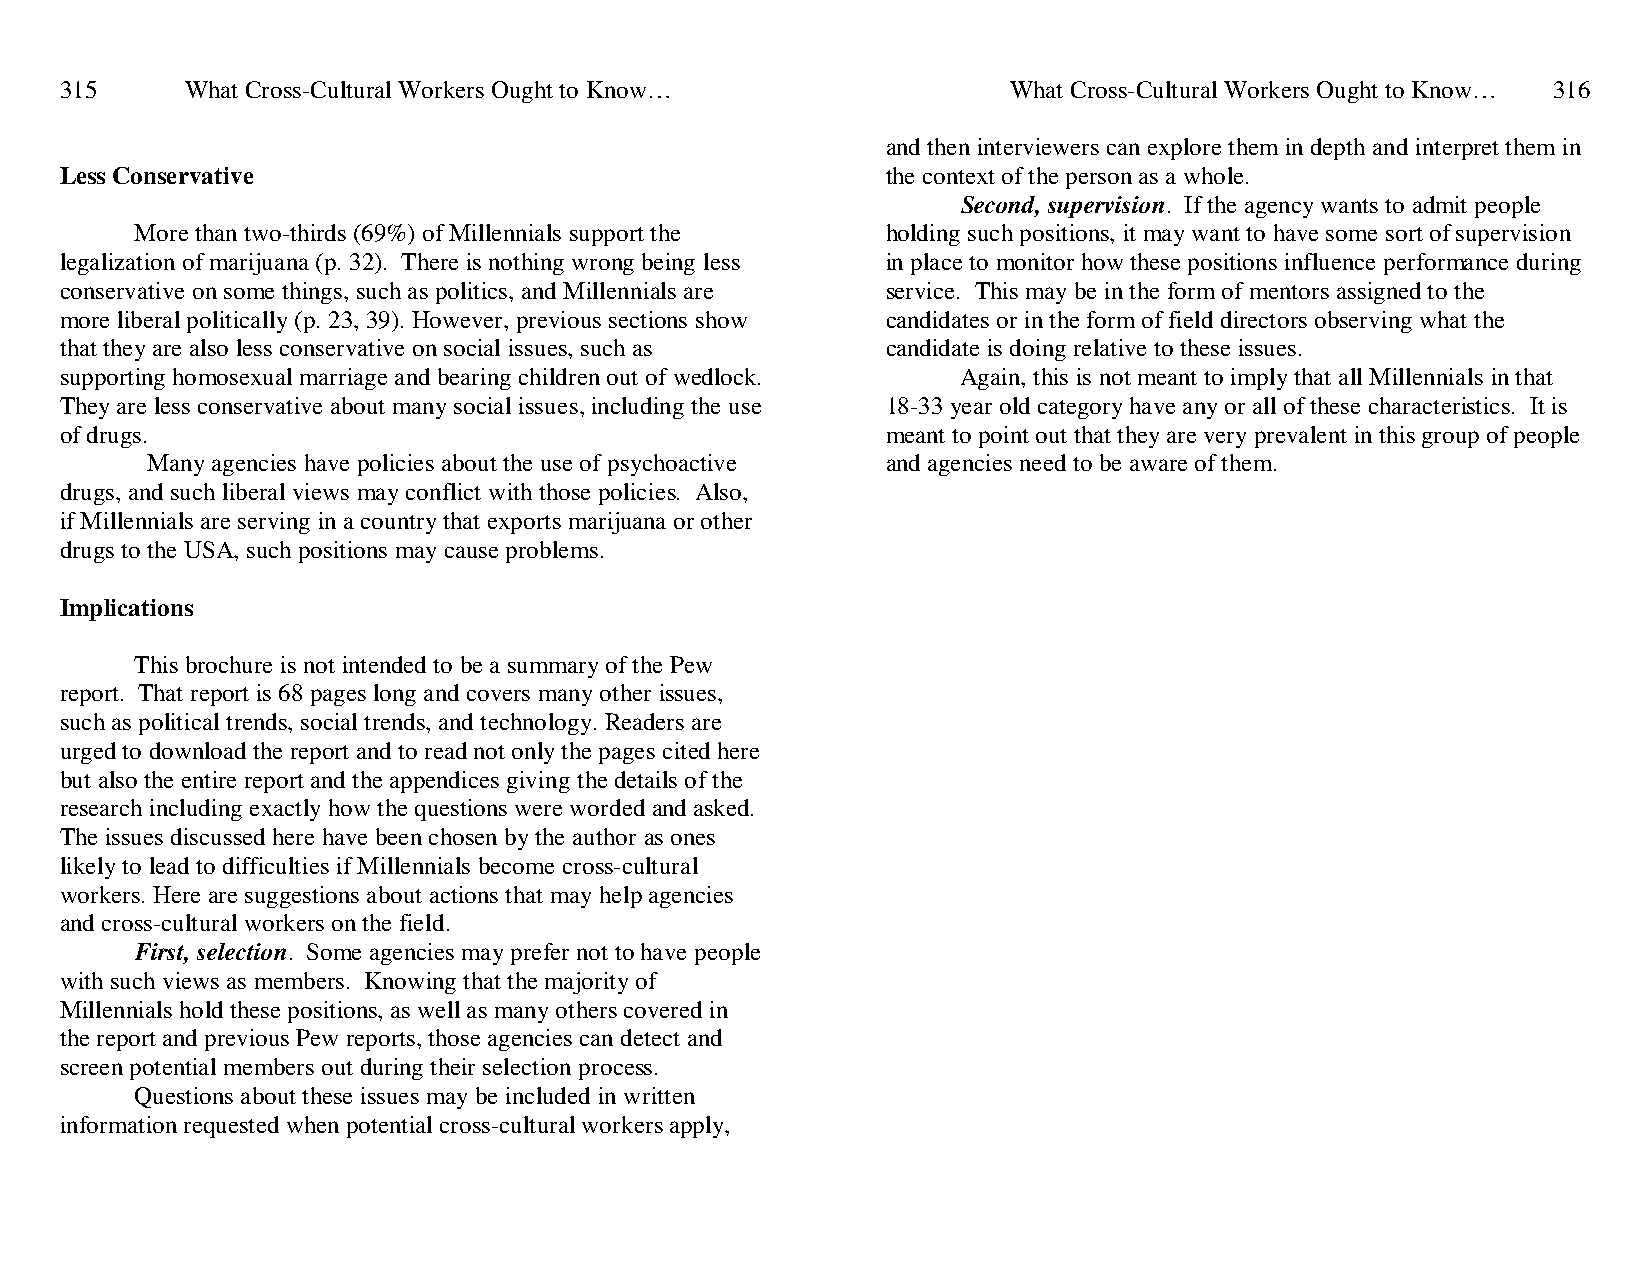
315     What Cross-Cultural Workers Ought to Know…             What Cross-Cultural Workers Ought to Know… 316
 and then interviewers can explore them in depth and interpret them in
 Less Conservative                                      the context of the person as a whole.
 Second, supervision. If the agency wants to admit people
 More than two-thirds (69%) of Millennials support the holding such positions, it may want to have some sort of supervision
 legalization of marijuana (p. 32). There is nothing wrong being less in place to monitor how these positions influence performance during
 conservative on some things, such as politics, and Millennials are service. This may be in the form of mentors assigned to the
 more liberal politically (p. 23, 39). However, previous sections show candidates or in the form of field directors observing what the
 that they are also less conservative on social issues, such as candidate is doing relative to these issues.
 supporting homosexual marriage and bearing children out of wedlock. Again, this is not meant to imply that all Millennials in that
 They are less conservative about many social issues, including the use 18-33 year old category have any or all of these characteristics. It is
 of drugs.                                              meant to point out that they are very prevalent in this group of people
 Many agencies have policies about the use of psychoactive and agencies need to be aware of them.
 drugs, and such liberal views may conflict with those policies. Also,
 if Millennials are serving in a country that exports marijuana or other
 drugs to the USA, such positions may cause problems.
 Implications
 This brochure is not intended to be a summary of the Pew
 report. That report is 68 pages long and covers many other issues,
 such as political trends, social trends, and technology. Readers are
 urged to download the report and to read not only the pages cited here
 but also the entire report and the appendices giving the details of the
 research including exactly how the questions were worded and asked.
 The issues discussed here have been chosen by the author as ones
 likely to lead to difficulties if Millennials become cross-cultural
 workers. Here are suggestions about actions that may help agencies
 and cross-cultural workers on the field.
 First, selection. Some agencies may prefer not to have people
 with such views as members. Knowing that the majority of
 Millennials hold these positions, as well as many others covered in
 the report and previous Pew reports, those agencies can detect and
 screen potential members out during their selection process.
 Questions about these issues may be included in written
 information requested when potential cross-cultural workers apply,